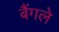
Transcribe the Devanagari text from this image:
बैंगले